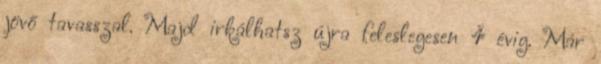
jövő tavasszal. Majd irkálhatsz újra feleslegesen 4 évig. Már